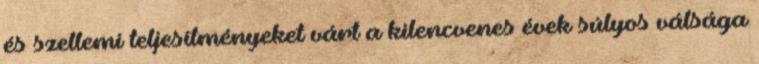
és szellemi teljesítményeket várt a kilencvenes évek súlyos válsága